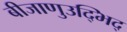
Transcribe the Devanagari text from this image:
बीजाणुउद्भिद्